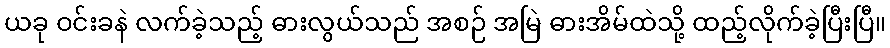
ယခု ဝင်းခနဲ လက်ခဲ့သည့် ဓားလွယ်သည် အစဉ် အမြဲ ဓားအိမ်ထဲသို့ ထည့်လိုက်ခဲ့ပြီးပြီ။